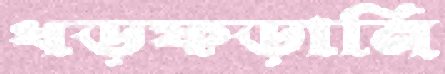
ধড়ফড়ানি